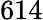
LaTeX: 614